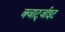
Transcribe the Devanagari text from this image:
क्वार्ट्जाइट